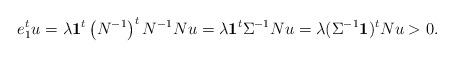
LaTeX: \begin{align*}e_{1}^{t}u= \lambda \boldsymbol{1}^{t}\left(N^{-1}\right)^{t} N^{-1} Nu=\lambda \boldsymbol{1}^{t}\Sigma^{-1}Nu = \lambda (\Sigma ^{-1} \boldsymbol{1})^t Nu>0.\end{align*}